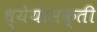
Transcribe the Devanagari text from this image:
ध्येयासक्ती